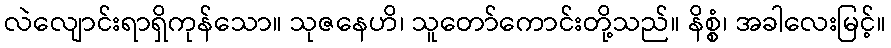
လဲလျောင်းရာရှိကုန်သော။ သုဇနေဟိ၊ သူတော်ကောင်းတို့သည်။ နိစ္စံ၊ အခါလေးမြင့်။